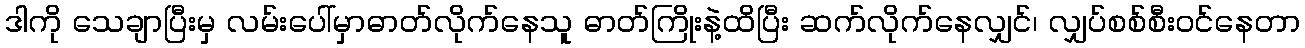
ဒါကို သေချာပြီးမှ လမ်းပေါ်မှာဓာတ်လိုက်နေသူ ဓာတ်ကြိုးနဲ့ထိပြီး ဆက်လိုက်နေလျှင်၊ လျှပ်စစ်စီးဝင်နေတာ